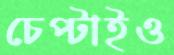
চেপ্‌টাইও